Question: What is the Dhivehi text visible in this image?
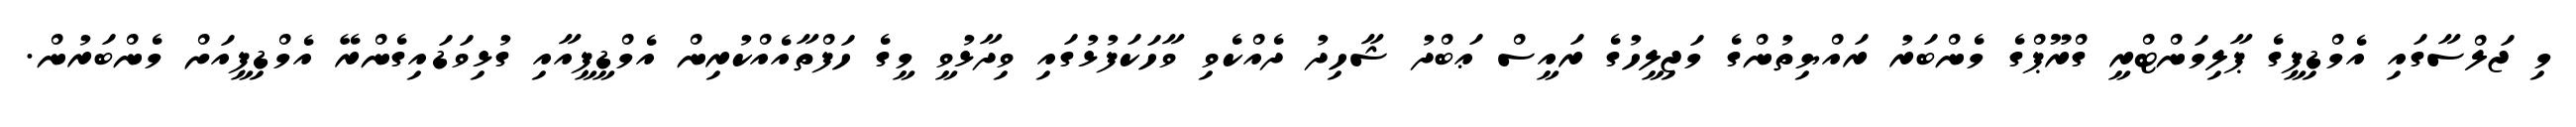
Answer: މި ޖަލްސާގައި އެމްޑިޕީގެ ޕާލިމަންޓްރީ ގްރޫޕްގެ މެންބަރު ރައްޔިތުންގެ މަޖިލީހުގެ ރައީސް ޢަބްދު ޝާހިދު ދެއްކެވި ވާހަކަފުޅުގައި ވިދާޅުވީ މީގެ ހަފްތާއެއްކުރިން އެމްޑީޕީއާއި ގުޅިވަޑައިގެންރޭ އެމްޑިޕީއަށް މެންބަރުން.